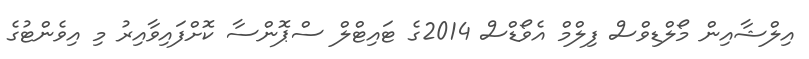
އިލްޝާއިން މޯލްޑިވްސް ފިލްމް އެވޯޑްސް 2014ގެ ޓައިޓްލް ސްޕޮންސާ ކޮށްފައިވާއިރު މި އިވެންޓުގެ